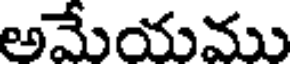
అమేయము